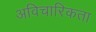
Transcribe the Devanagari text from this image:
अविचारिकता